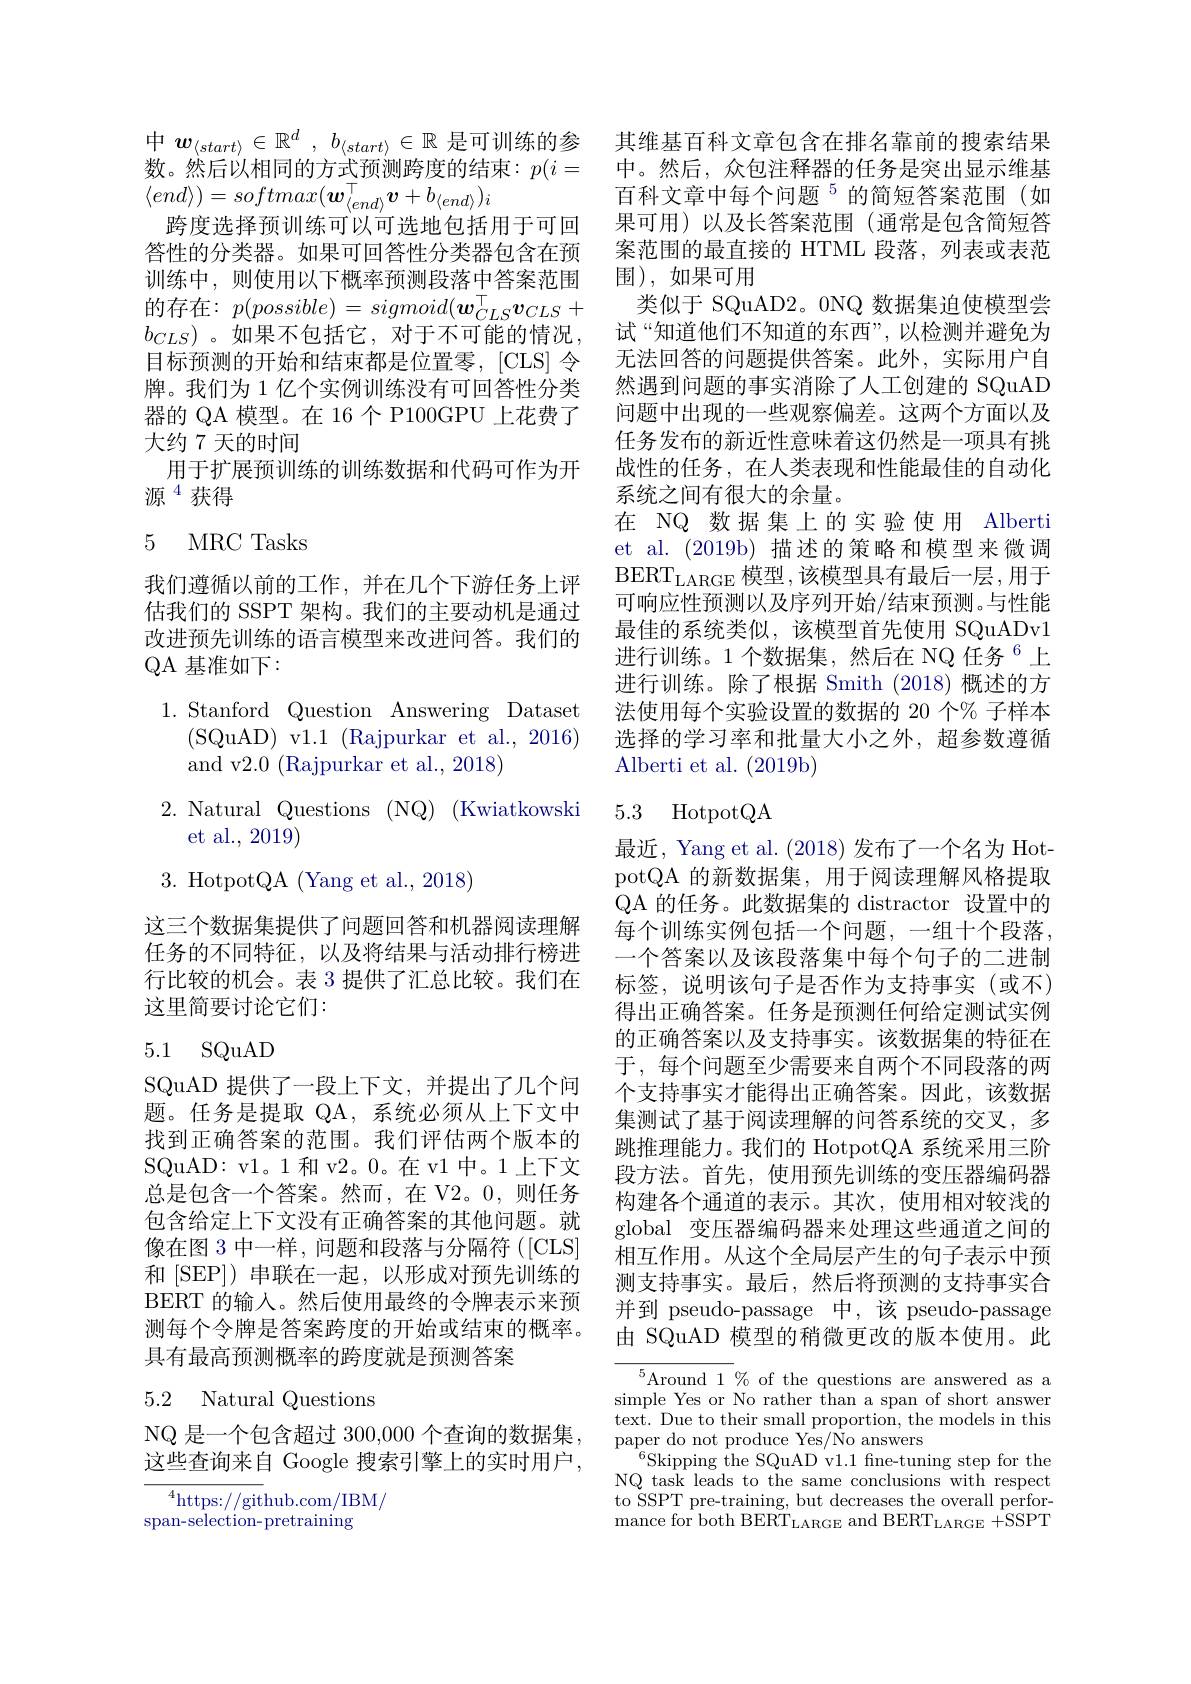
中$w_{\langle start\rangle }\in \mathbb{R} ^d$, $b_{\langle start\rangle }\in \mathbb{R}$是可训练的参 其维基百科文章包含在排名靠前的搜索结果数。然后以相同的方式预测跨度的结束：$p( i=$ 中。然后，众包注释器的任务是突出显示维基$\langle end\rangle)=softmax(\boldsymbol{w}_{\langle end\rangle}^\top\boldsymbol{v}+b_{\langle end\rangle})_i$
跨度选择预训练可以可选地包括用于可回 果可用)以及长答案范围 (通常是包含简短答答性的分类器。如果可回答性分类器包含在预 案范围的最直接的 HTML 段落，列表或表范训练中，则使用以下概率预测段落中答案范围 围),如果可用
的存在：$p(possible)=sigmoid(\boldsymbol{w}_{CLS}^{\top}\boldsymbol{v}_{CLS}+$ $b_{CLS}$)。如果不包括它，对于不可能的情况， 目标预测的开始和结束都是位置零，[CLS] 令牌。我们为 1 亿个实例训练没有可回答性分类器的 QA 模型。在 16个 P100GPU 上花费了大约 7 天的时间
用于扩展预训练的训练数据和代码可作为开
源$^{4}$获得

## 5 MRC Tasks

我们遵循以前的工作，并在几个下游任务上评估我们的 SSPT 架构。我们的主要动机是通过改进预先训练的语言模型来改进问答。我们的QA 基准如下：

1.Stanford Question Answering Dataset

(SQuAD) v1.1 (Rajpurkar et al., 2016)

and v2.0 (Rajpurkar et al., 2018)

2.Natural Questions (NQ) ( Kwiatkowski
et al., 2019)

3. HotpotQA (Yang et al., 2018)

这三个数据集提供了问题回答和机器阅读理解任务的不同特征，以及将结果与活动排行榜进行比较的机会。表 3 提供了汇总比较。我们在这里简要讨论它们：

## 5.1 SQuAD

SQuAD 提供了一段上下文，并提出了几个问题。任务是提取 QA,系统必须从上下文中找到正确答案的范围。我们评估两个版本的SQuAD: v1。1 和 v2。0。在 v1 中。1 上下文总是包含一个答案。然而，在 V2。0,则任务包含给定上下文没有正确答案的其他问题。就像在图 3 中一样，问题和段落与分隔符 ([CLS] 和 [SEP]) 串联在一起，以形成对预先训练的BERT 的输入。然后使用最终的令牌表示来预测每个令牌是答案跨度的开始或结束的概率。具有最高预测概率的跨度就是预测答案

# 5.2 Natural Questions

NQ 是一个包含超过 300,000 个查询的数据集. 这些查询来自 Google 搜索引擎上的实时用户，

$^{4}$https://github.com/IBM/

span-selection-pretraining

百科文章中每个问题$^{5}$的简短答案范围(如
类似于 SQuAD2。0NQ 数据集迫使模型尝试“知道他们不知道的东西”,以检测并避免为无法回答的问题提供答案。此外，实际用户自然遇到问题的事实消除了人工创建的 SQuAD 问题中出现的一些观察偏差。这两个方面以及任务发布的新近性意味着这仍然是一项具有挑战性的任务，在人类表现和性能最佳的自动化系统之间有很大的余量。
在 NQ 数据集上的实验使用 Alberti et al. (2019b) 描述的策略和模型来微调$\mathrm{BERT}_{\mathrm{LARGE}}$模型，该模型具有最后一层，用于可响应性预测以及序列开始/结束预测。与性能最佳的系统类似，该模型首先使用 SQuADv1进行训练。1 个数据集，然后在 NQ 任务 $^{6}$上进行训练。除了根据 Smith (2018)概述的方法使用每个实验设置的数据的 20 个% 子样本选择的学习率和批量大小之外，超参数遵循${\mathrm{Alberti~et~al.~(2019b)}}$

5.3 HotpotQA

最近，Yang et al. (2018)发布了一个名为 HotpotQA 的新数据集，用于阅读理解风格提取QA 的任务。此数据集的 distractor 设置中的每个训练实例包括一个问题，一组十个段落， 一个答案以及该段落集中每个句子的二进制标签，说明该句子是否作为支持事实(或不) 得出正确答案。任务是预测任何给定测试实例的正确答案以及支持事实。该数据集的特征在于，每个问题至少需要来自两个不同段落的两个支持事实才能得出正确答案。因此，该数据集测试了基于阅读理解的问答系统的交叉，多跳推理能力。我们的 HotpotQA 系统采用三阶段方法。首先，使用预先训练的变压器编码器构建各个通道的表示。其次，使用相对较浅的global 变压器编码器来处理这些通道之间的相互作用。从这个全局层产生的句子表示中预测支持事实。最后，然后将预测的支持事实合并到 pseudo-passage 中，该 pseudo-passage 由 SQuAD 模型的稍微更改的版本使用。此

${}^{5}{\mathrm{Around~1~\%~of~the~questions~are~answered~as~a}}$ simple Yes or No rather than a span of short answer text. Due to their small proportion, the models in this $\operatorname*{paper~do~not~produce~Yes/No~answers}$
$^{6}$Skipping the SQuAD v1.1 fne-tuning step for the NQ task leads to the same conclusions with respect to SSPT pre-training, but decreases the overall perfor- ${\mathrm{mance~for~both~BERT}}_{\mathrm{LARGE~and~BERT}}_{\mathrm{LARGE~}}+{\mathrm{SSPT}}$